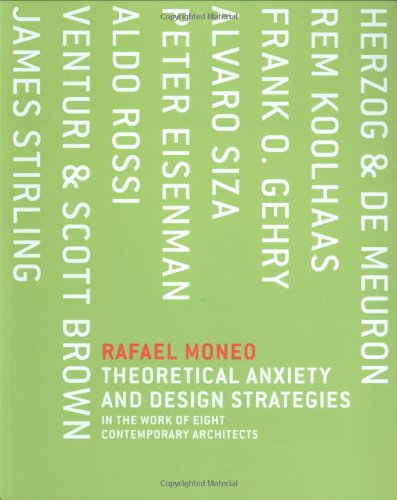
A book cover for Theoretical Anxiety and Design Strategies in the Work of Eight                 Contemporary Architects; Rafael Moneo; Arts & Photography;